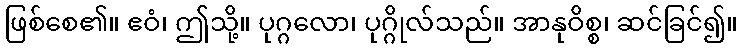
ဖြစ်စေ၏။ ဧဝံ၊ ဤသို့။ ပုဂ္ဂလော၊ ပုဂ္ဂိုလ်သည်။ အာနုဝိစ္စ၊ ဆင်ခြင်၍။